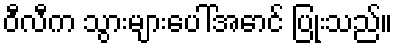
ဝီလီက သွားများပေါ်အောင် ပြုံးသည်။